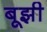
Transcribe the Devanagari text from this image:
बूझी